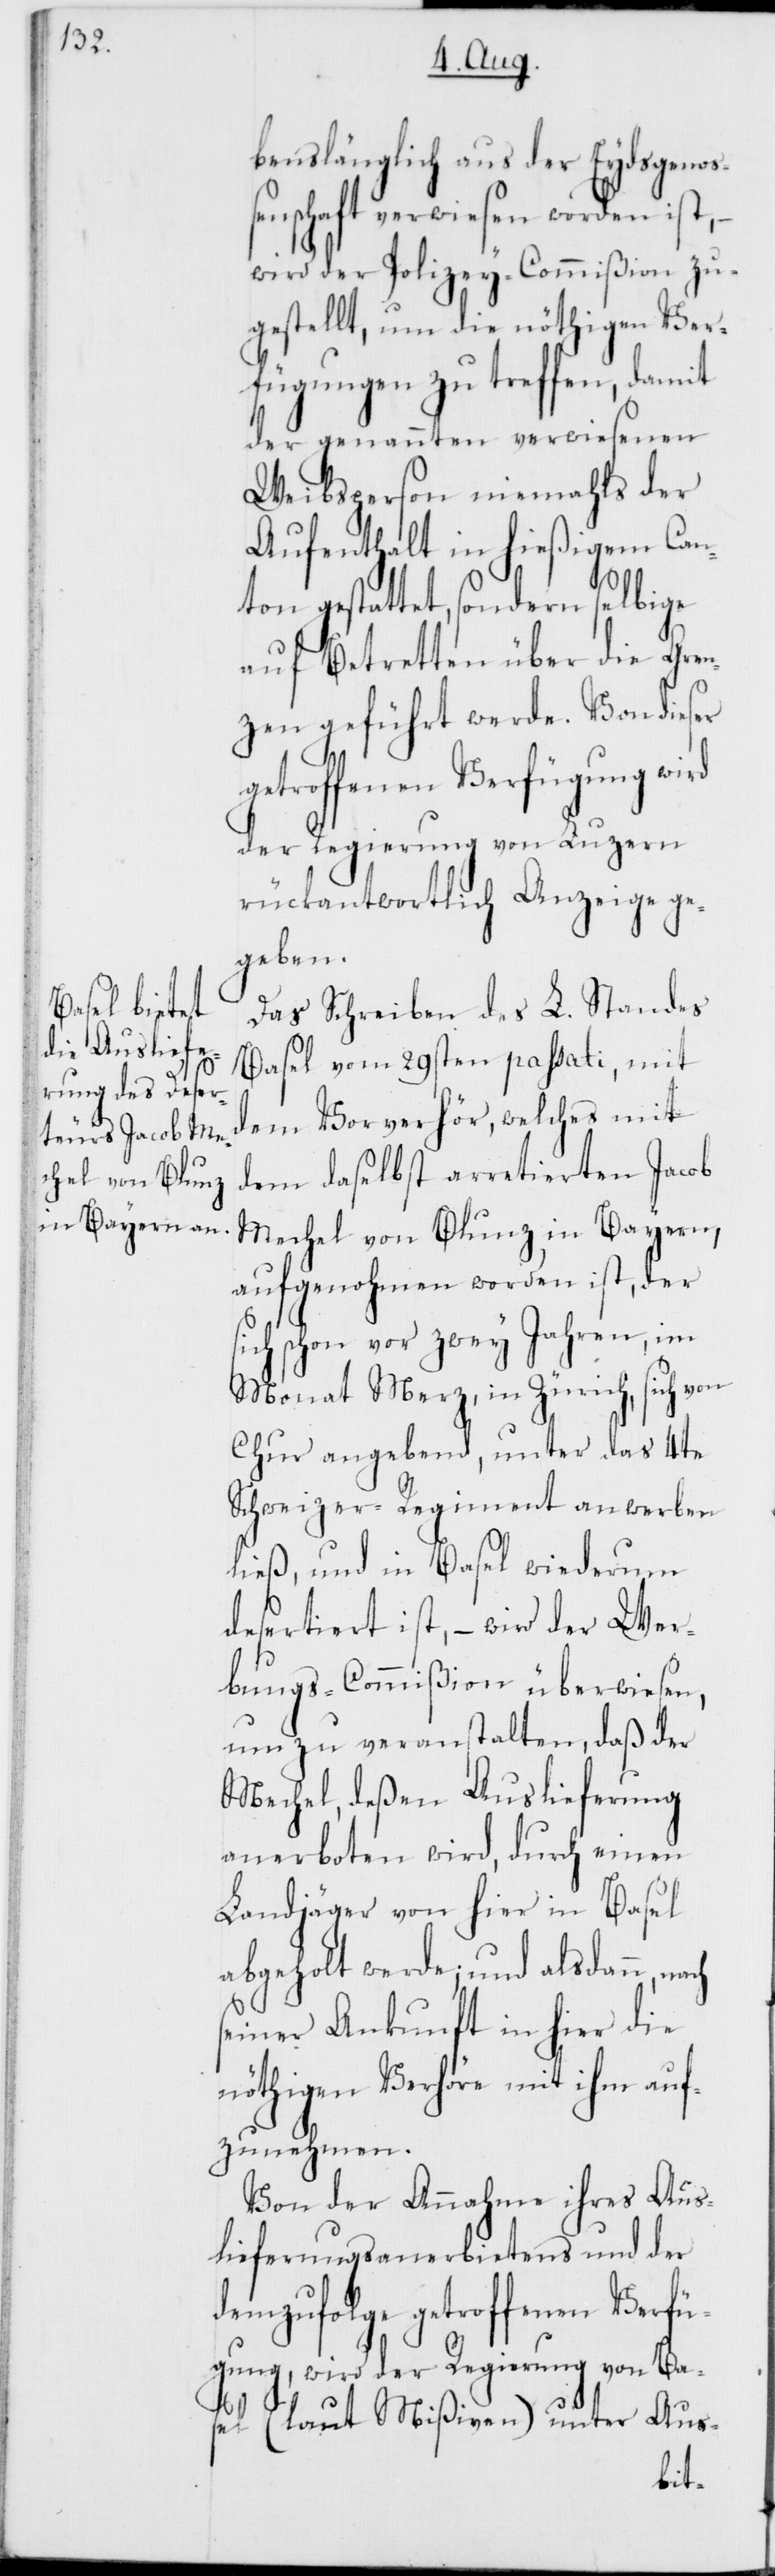
benslänglich aus der Eydsgenoß¬
enschaft verwiesen worden ist,
wird der Polizey-Commißion zu¬
gestellt, um die nöthigen Ver¬
fügungen zu treffen, damit
der genannten verwiesenen
Weibsperson niemahls der
Aufenthalt in hießigem Can¬
ton gestattet, sondern selbige
auf Betretten über die Gren¬
zen geführt werde.
getroffenen Verfügung wird
der Regierung von Luzern
rückantwortlich Anzeige ge¬
geben.
Das Schreiben des L. Standes
Basel vom 29sten passati, mit
dem Vorverhör, welches mit
dem daselbst arretierten Jacob
Mechel von Blunz in Bayern,
aufgenohmen worden ist, der
sich schon vor zwey Jahren, im
Monat Merz, in Zürich, sich von
Chur angebend, unter das 4te
Schweizer-Regiment anwerben
ließ, und in Basel wiederum
desertiert ist, – wird der Wer¬
bungs-Commißion überwiesen,
um zu veranstalten, daß der
Mechel, deßen Auslieferung
anerboten wird, durch einen
Landjäger von hier in Basel
abgeholt werde; und alsdann, nach
seiner Ankunft in hier die
nöthigen Verhöre mit ihm auf¬
zunehmen.
Von der Annahme ihres Aus¬
lieferungsanerbietens und der
demzufolge getroffenen Verfü¬
gung, wird der Regierung von Ba¬
sel (laut Mißiven) unter Aus-